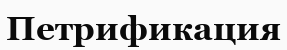
Петрификация